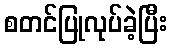
စတင်ပြုလုပ်ခဲ့ပြီး